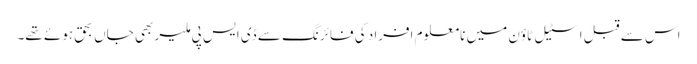
اس سے قبل اسٹیل ٹاؤن میں نامعلوم افراد کی فائرنگ سے ڈی ایس پی ملیر بھی جاں بحق ہوئے تھے۔